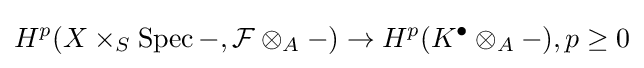
H^{p}(X\times _{S}\operatorname {Spec} -,{\mathcal {F}}\otimes _{A}-)\to H^{p}(K^{\bullet }\otimes _{A}-),p\geq 0